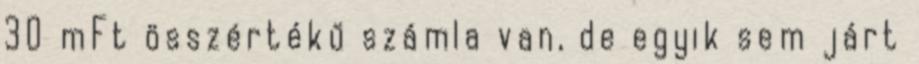
30 mFt összértékű számla van, de egyik sem járt